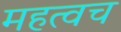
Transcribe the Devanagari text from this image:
महत्वच